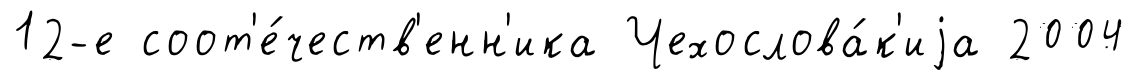
12-е соот'е́честв'енн'ика Чехослова́к'иjа 2004